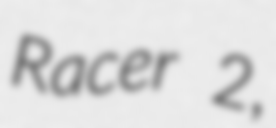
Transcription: Racer 2,